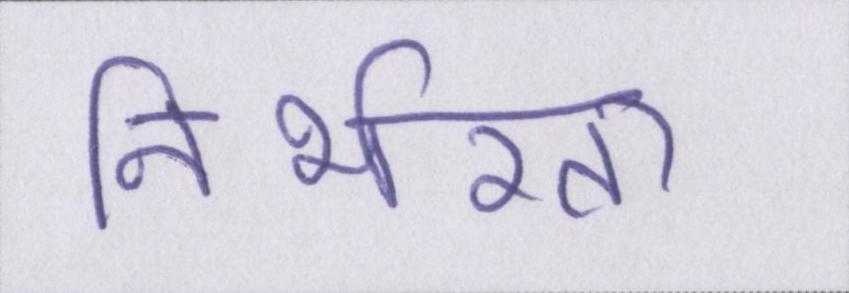
निर्भरता